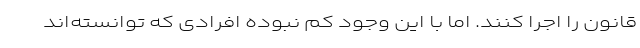
قانون را اجرا کنند. اما با این وجود کم نبوده افرادی که توانسته‌اند